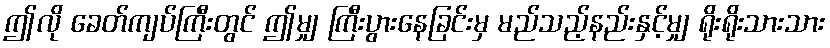
ဤလို ခေတ်ကျပ်ကြီးတွင် ဤမျှ ကြီးပွားနေခြင်းမှ မည်သည့်နည်းနှင့်မျှ ရိုးရိုးသားသား